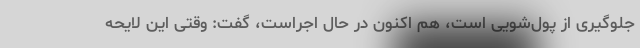
جلوگیری از پول‌شویی است، هم اکنون در حال اجراست، گفت: وقتی این لایحه